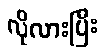
လိုလားပြီး